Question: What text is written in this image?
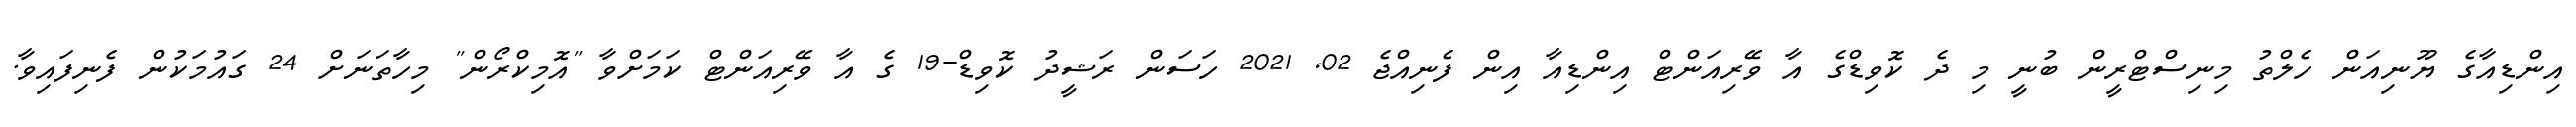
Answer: އިންޑިއާގެ ޔޫނިއަން ހެލްތު މިނިސްޓްރީން ބުނީ މި ދެ ކޮވިޑްގެ އާ ވޭރިއަންޓް އިންޑިއާ އިން ފެނިއްޖެ 02, 2021 ހަސަން ރަޝީދު ކޮވިޑް-19 ގެ އާ ވޭރިއަންޓް ކަމަށްވާ "އޮމިކްރޯން" މިހާތަނަށް 24 ގައުމަކުން ފެނިފައިވާ.